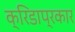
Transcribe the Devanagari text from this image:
क्रिडाप्रकार